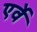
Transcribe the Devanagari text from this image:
एर्वे